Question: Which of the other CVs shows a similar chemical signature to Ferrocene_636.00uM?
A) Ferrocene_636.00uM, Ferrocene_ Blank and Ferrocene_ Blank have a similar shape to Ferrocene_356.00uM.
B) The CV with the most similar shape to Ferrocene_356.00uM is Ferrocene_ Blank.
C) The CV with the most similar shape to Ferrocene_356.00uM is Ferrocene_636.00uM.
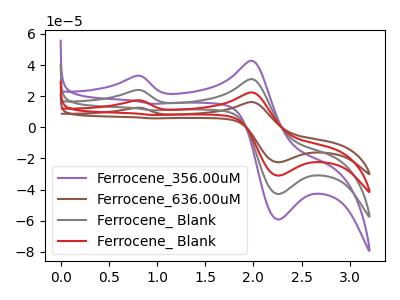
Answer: <think>The purple curve "Ferrocene_356.00uM" has anodic peaks at (0.80V, 33.00uA) (2.00V, 42.75uA) and cathodic peaks at (2.25V, -59.20uA) (0.95V, 15.10uA). The brown curve "Ferrocene_636.00uM" has anodic peaks at (0.80V, 71.65uA) (2.00V, 92.80uA) and cathodic peaks at (2.25V, -128.60uA) (0.95V, 32.80uA). The gray curve "Ferrocene_ Blank" has anodic peaks at (0.80V, 23.90uA) (2.00V, 30.95uA) and cathodic peaks at (2.25V, -42.85uA) (0.95V, 10.95uA). The red curve "Ferrocene_ Blank" has anodic peaks at (0.80V, 47.80uA) (2.00V, 61.85uA) and cathodic peaks at (2.25V, -85.75uA) (0.95V, 21.85uA).
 All the peaks in "Ferrocene_356.00uM" have a peak in "Ferrocene_636.00uM" at the same potential. All the peaks in "Ferrocene_356.00uM" have a peak in "Ferrocene_ Blank" at the same potential. All the peaks in "Ferrocene_356.00uM" have a peak in "Ferrocene_ Blank" at the same potential. All the peaks in "Ferrocene_636.00uM" have a peak in "Ferrocene_ Blank" at the same potential. All the peaks in "Ferrocene_636.00uM" have a peak in "Ferrocene_ Blank" at the same potential. All the peaks in "Ferrocene_ Blank" have a peak in "Ferrocene_ Blank" at the same potential.</think>
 <answer>A) "Ferrocene_636.00uM", "Ferrocene_ Blank" and "Ferrocene_ Blank" have a similar shape to "Ferrocene_356.00uM".</answer>
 <eval>A</eval>